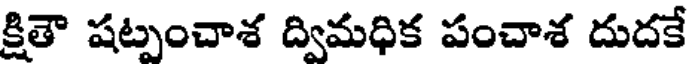
క్షితౌ షట్పంచాశ ద్విమధిక పంచాశ దుదకే